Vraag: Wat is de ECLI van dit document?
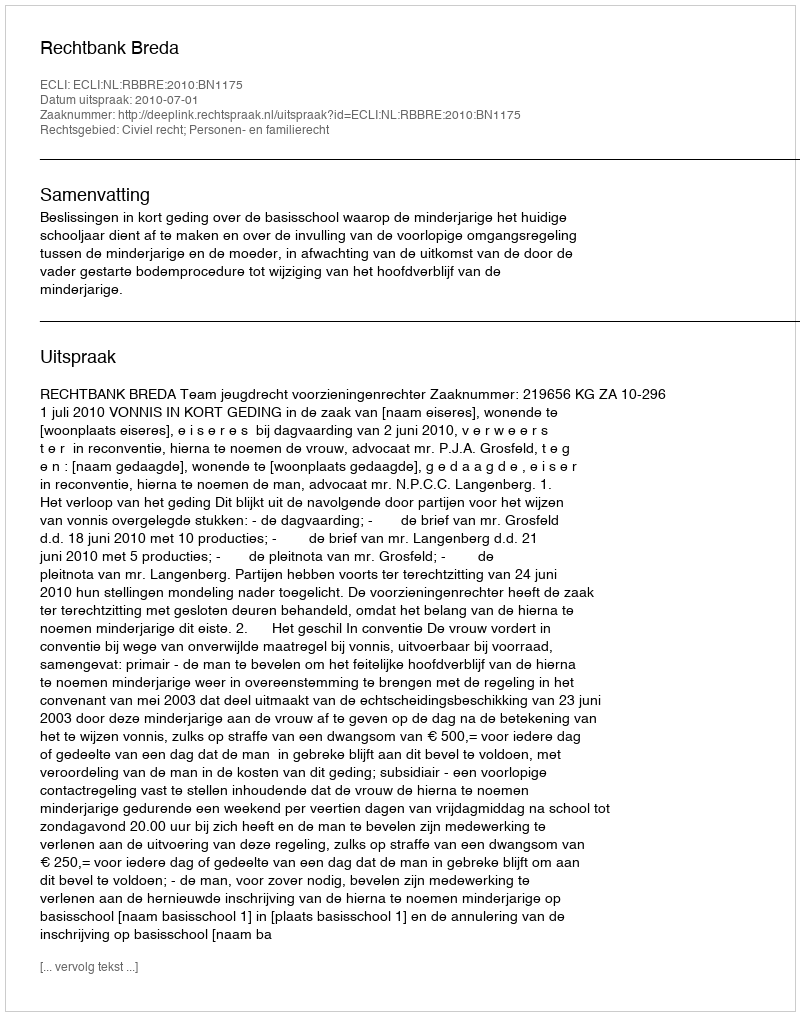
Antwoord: ECLI:NL:RBBRE:2010:BN1175